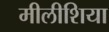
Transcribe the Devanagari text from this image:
मीलीशिया